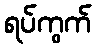
ရပ်ကွက်